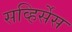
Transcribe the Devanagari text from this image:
सव्हिर्सेस